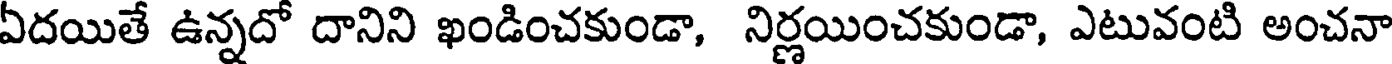
ఏదయితే ఉన్నదో దానిని ఖండించకుండా, నిర్ణయించకుండా, ఎటువంటి అంచనా